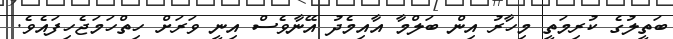
ބަތީލުގެ ކުރިމަތީ މިހާރު އިން ބަލްމާ އާއިމެދު އޭނާވެސް އިނީ ވަރަށް ހިތްހަމަޖެހިފައެވެ.